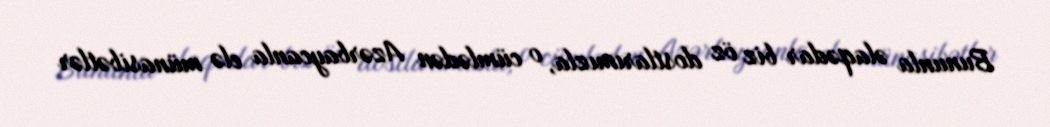
Bununla əlaqədar biz öz dostlarımızla, o cümlədən Azərbaycanla elə münasibətlər